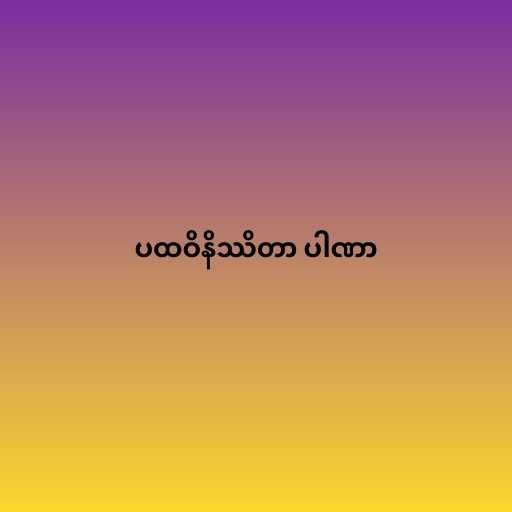
ပထဝိနိဿိတာ ပါဏာ